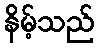
နိမ့်သည်